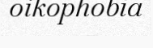
oikophobia